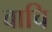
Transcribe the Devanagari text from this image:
वाचि